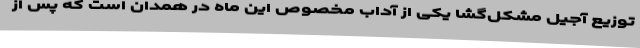
توزیع آجیل مشکل‌گشا یکی از آداب مخصوص این ماه در همدان است که پس از